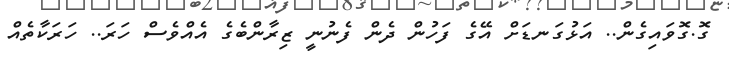
ގޮ.ގޮވައިގެން.. އަޅުގަނޑަށް އޭގެ ފަހުން ދެން ފެނުނީ ޒިރާންބެގެ އެއްވެސް ހަރަ.. ހަރަކާތެއް